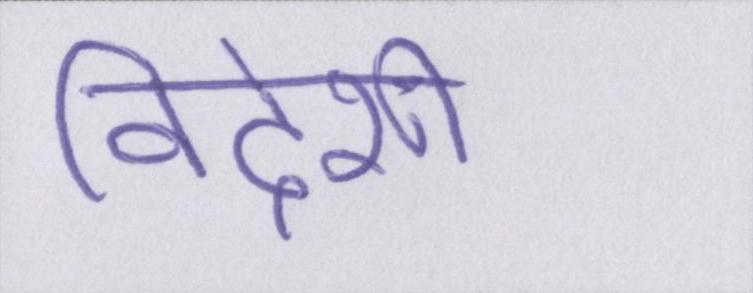
विदेशी